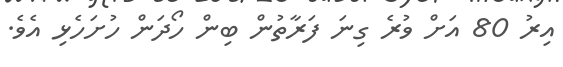
އިރު 80 އަށް ވުރެ ގިނަ ފަރާތުން ބިން ހޯދަން ހުށަހެޅި އެވެ.